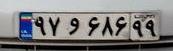
۹۷و۶۸۶۹۹